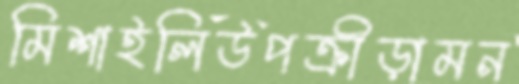
মিশাইলিউপক্রীড়ামন